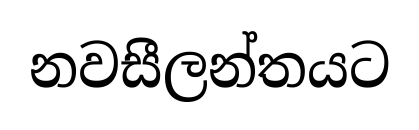
නවසීලන්තයට